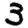
Digit: 3